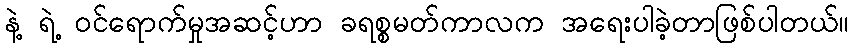
နဲ့ ရဲ့ ဝင်ရောက်မှုအဆင့်ဟာ ခရစ္စမတ်ကာလက အရေးပါခဲ့တာဖြစ်ပါတယ်။